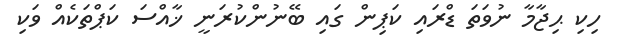
ހިކި ޙިޖާމާ ނުވަތަ ޑްރައި ކަޕިން ގައި ބޭނުންކުރަނީ ޚާއްސަ ކަޕްތަކެއް ވަކި